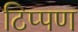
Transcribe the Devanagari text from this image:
टिप्‍पण